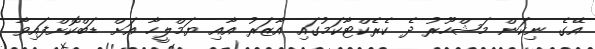
އޭގެ ނިކަން މަޝްހޫރު ދެ ކެރެކްޓާކަމުގައި އާޒަރު އާއި ޔަމްލީހާ އަށް ޑަބްކޮށްފައިވާ